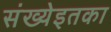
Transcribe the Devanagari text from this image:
संख्येइतका